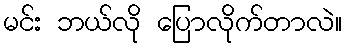
မင်း ဘယ်လို ပြောလိုက်တာလဲ။